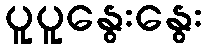
ပူပူနွေးနွေး